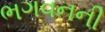
ભગવનની